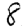
Digit: 8